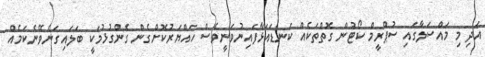
އަދި މި މައްސަލާގައި ސުޕްރީމް ކޯޓުން ގޮތްތަކެއް ކަނޑައަޅާފައިނުވަނީވެސް ހައްޔަރުކޮށްގެން ގެންގުޅުމަކީ ބަލައިގަނެވޭނެކަމެއް